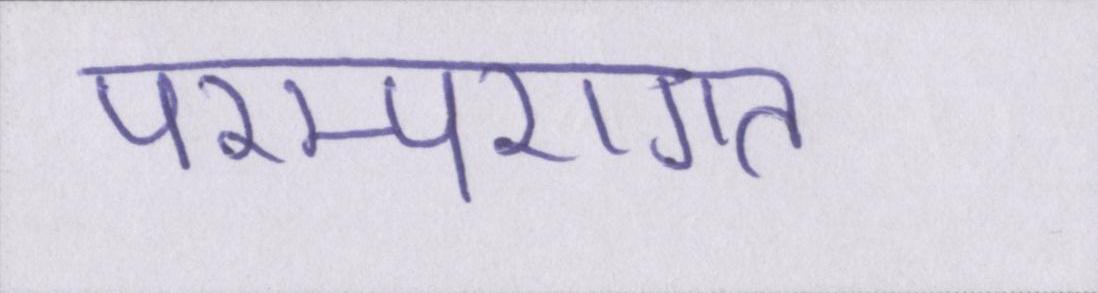
परम्परागत